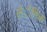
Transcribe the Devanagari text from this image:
लंैगिक